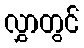
လွှာတွင်